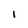
Character: i